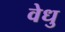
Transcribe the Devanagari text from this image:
वेधु